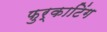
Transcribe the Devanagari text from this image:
फुर्काटिंग